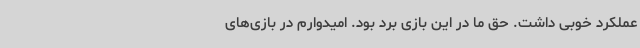
عملکرد خوبی داشت. حق ما در این بازی برد بود. امیدوارم در بازی‌های